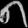
Digit: ၈